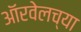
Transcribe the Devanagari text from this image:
ऑरवेलच्या